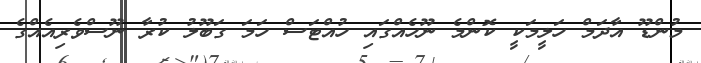
މުންޑޫ އާދަމް ހަލީމަކީ ކޮންމެ ނޫހެއްގައި ހުއްޓަސް ހަމަ ގަބޫލު ކުރާ ނޫސްވެރިއެއްގެ